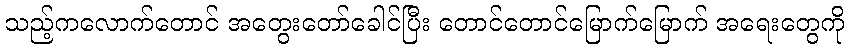
သည့်ကလောက်တောင် အတွေးတော်ခေါင်ပြီး တောင်တောင်မြောက်မြောက် အရေးတွေကို